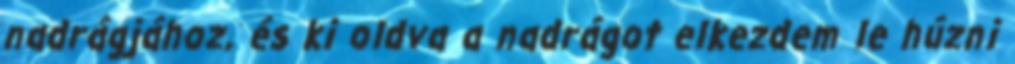
nadrágjához, és ki oldva a nadrágot elkezdem le húzni